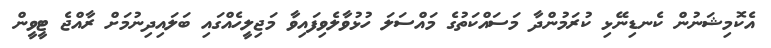
އެކޮމިޝަނުން ކެނޑިނޭޅި ކުރަމުންދާ މަސައްކަތުގެ މަައްސަލަ ހުޅުވާލެވިފައިވާ މަޖިލީހެއްގައި ބަލައިދިނުމަށް ރާއްޖެ ޓީވީން